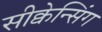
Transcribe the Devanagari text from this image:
सीक्वेन्सिंग